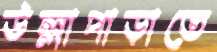
উল্লাপাড়াতে